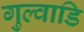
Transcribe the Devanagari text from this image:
गुल्वाडि